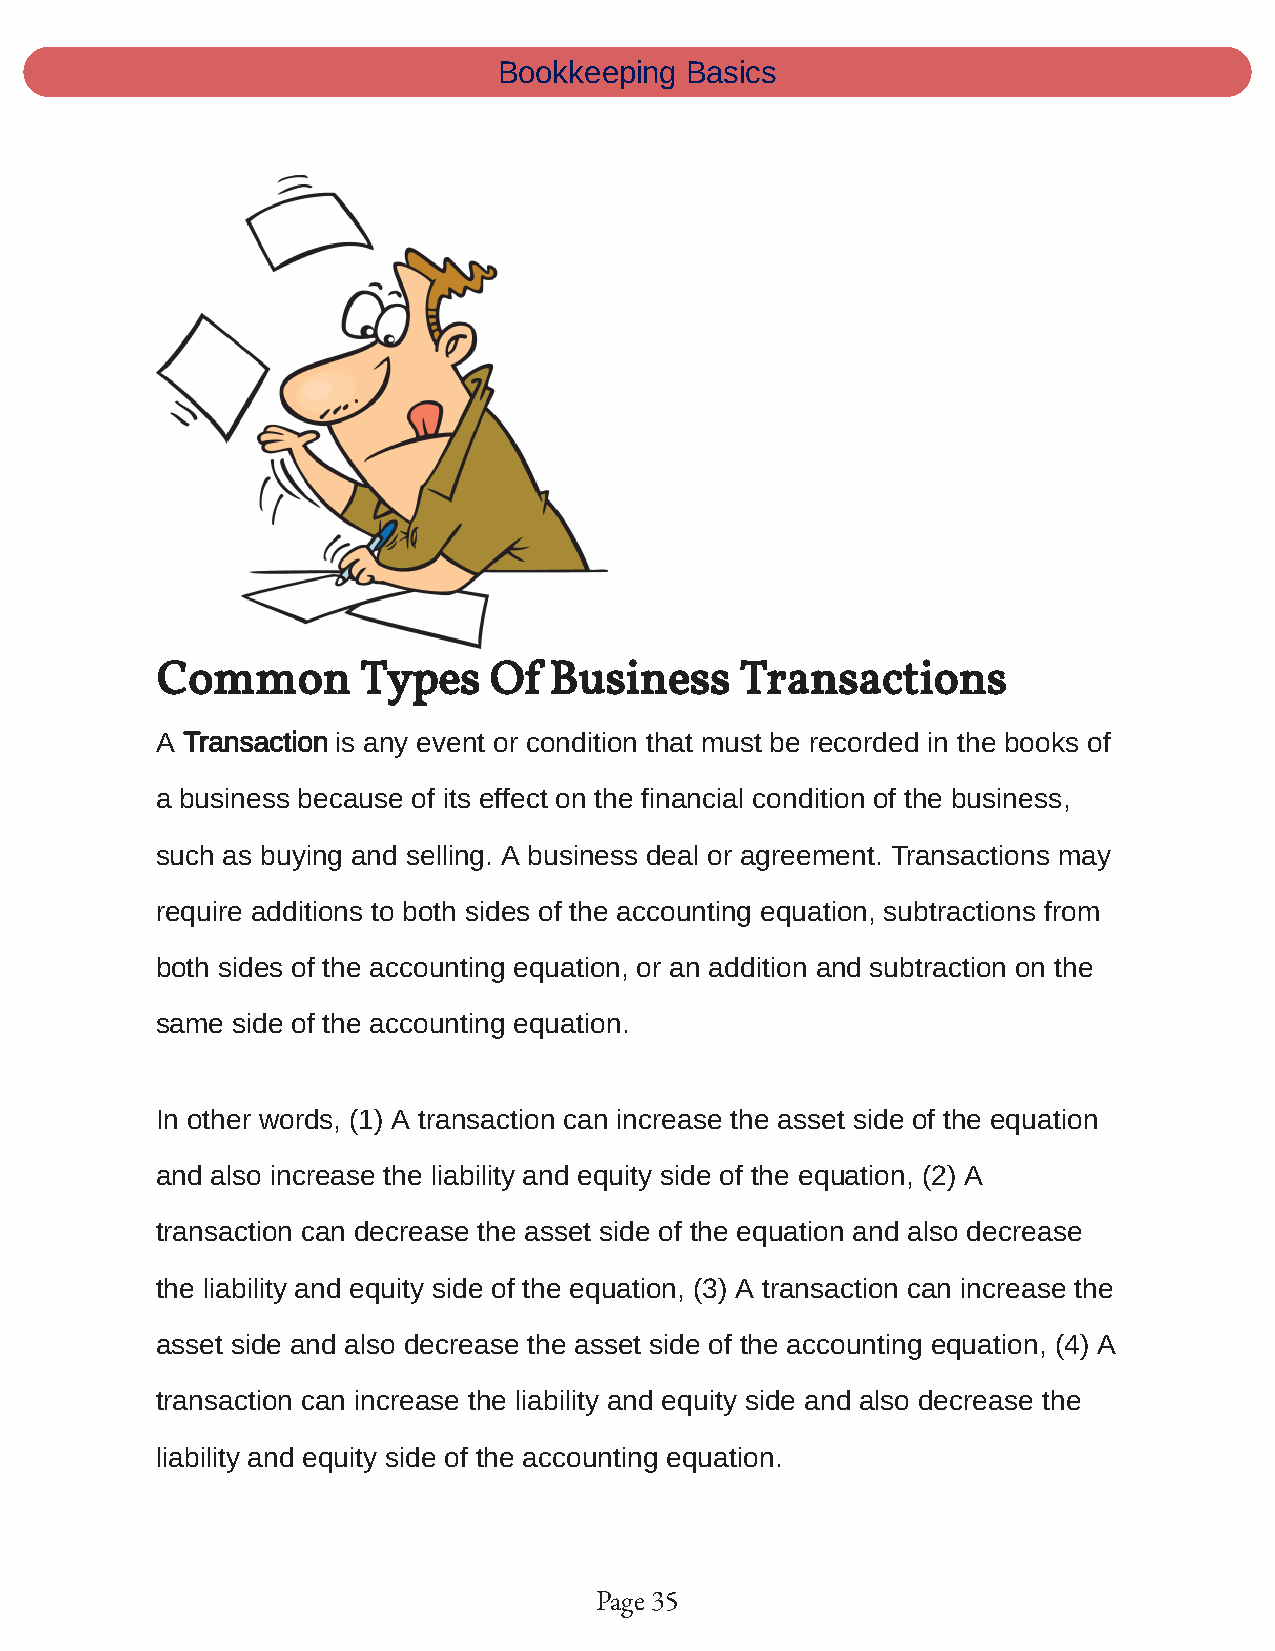
Bookkeeping Basics
 Common        Types   Of  Business     Transactions
 A Transaction is any event or condition that must be recorded in the books of
 a business because of its effect on the financial condition of the business,
 such as buying and selling. A business deal or agreement. Transactions may
 require additions to both sides of the accounting equation, subtractions from
 both sides of the accounting equation, or an addition and subtraction on the
 same side of the accounting equation.
 In other words, (1) A transaction can increase the asset side of the equation
 and also increase the liability and equity side of the equation, (2) A
 transaction can decrease the asset side of the equation and also decrease
 the liability and equity side of the equation, (3) A transaction can increase the
 asset side and also decrease the asset side of the accounting equation, (4) A
 transaction can increase the liability and equity side and also decrease the
 liability and equity side of the accounting equation.
 Page 35